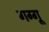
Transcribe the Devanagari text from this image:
गग्गू